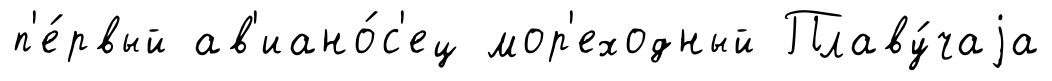
п'е́рвый ав'иано́с'ец мор'еходный Плаву́чаjа